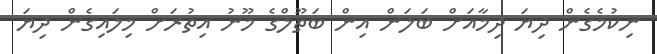
ނިކުމެގެން ދިޔަ ދިމާއަށް ބަލަން އިން ބަތޫލްގެ މޫނު އިތުރަށް މިލައިގެން ދިޔަ